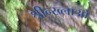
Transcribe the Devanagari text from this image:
श्रीन्ख्लाओ